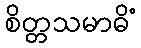
စိတ္တသမာဓိံ